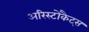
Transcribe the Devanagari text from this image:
अरिस्टोकैट्स